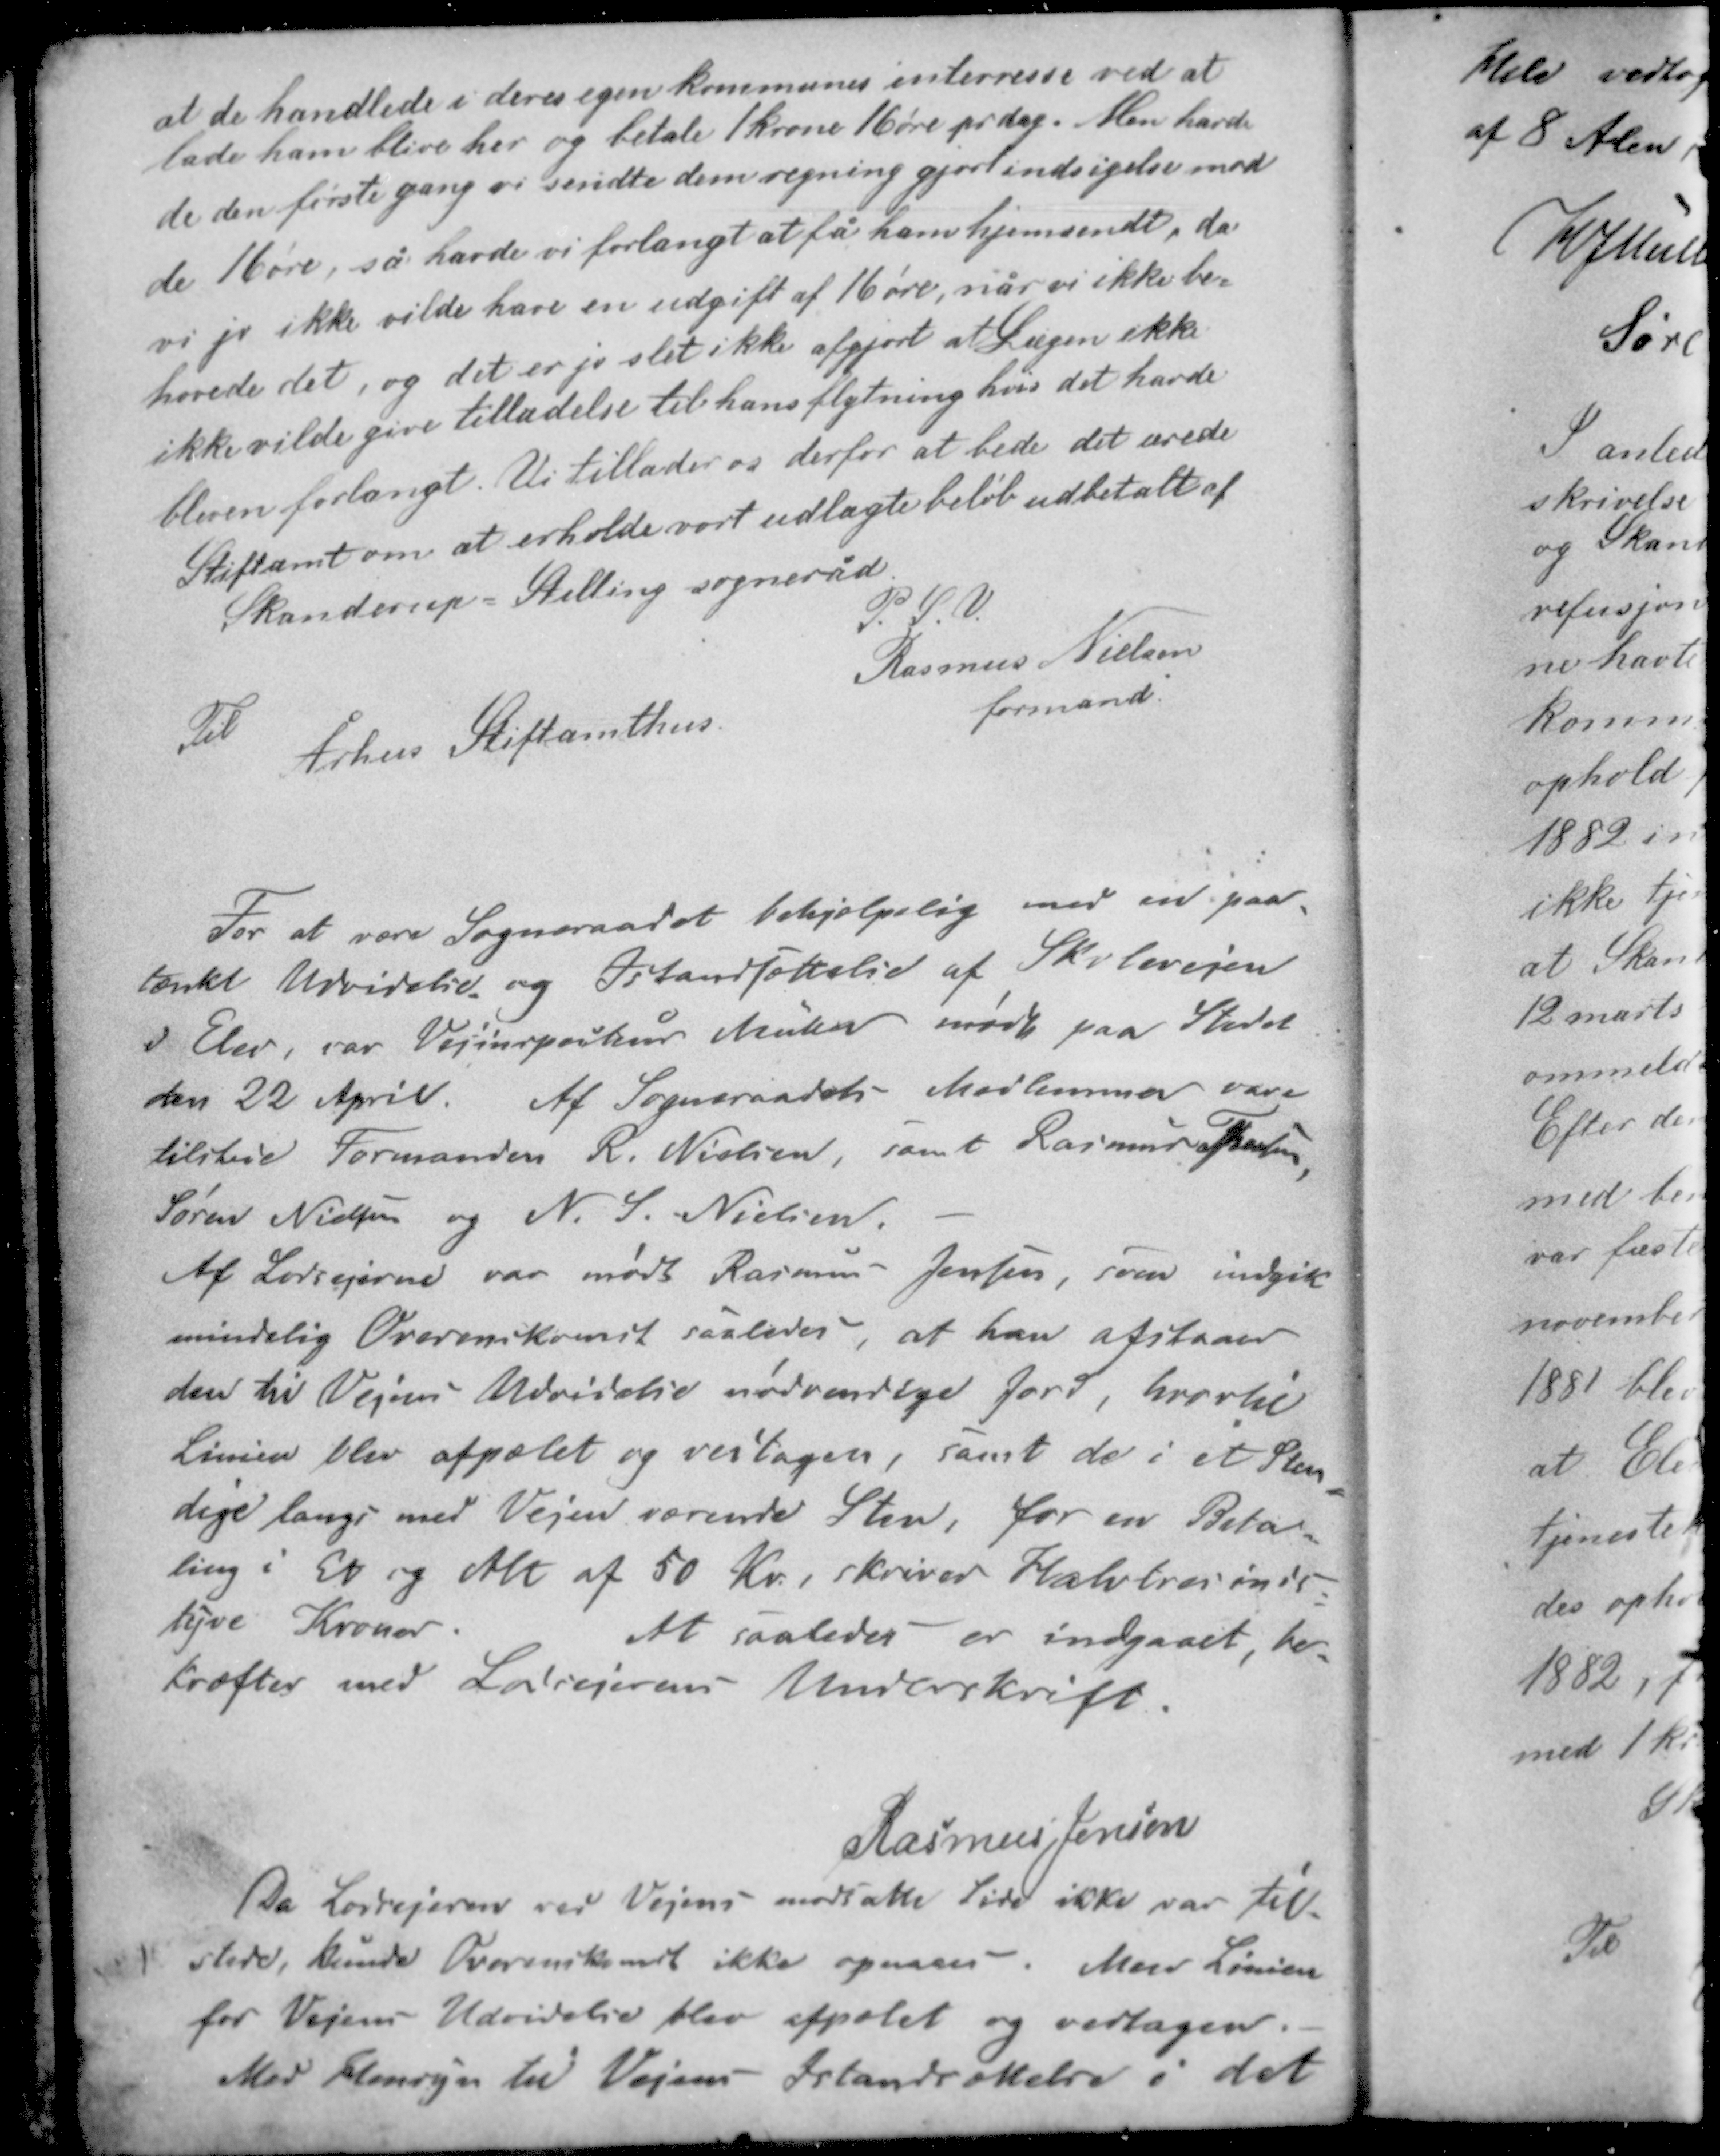
Transskription:
at de handlede i deres egen kommunes interesse ved at
lade ham blive her og betale 1 krone 16 øre pr dag. Men havde
de den første gang vi sendte dem regning gjort indsigelse mod
de 16 øre, så havde vi forlangt at få ham hjemsendt, da
vi jo ikke vilde have en udgift af 16 øre, når vi ikke be-
høvede det, og det er jo slet ikke afgjort at Lægen ikke
ikke vilde give tilladelse til hans flytning hvis det havde
bleven forlangt. Vi tillader os derfor at bede det ærede
Stiftamt om at erholde vort udlagte beløb udbetalt af

Skanderup - Stilling sogneråd

P. S. V.
Rasmus Nielsen
formand

Til
Århus Stiftamthus

For at være Sogneraadet behjælpelig med en paa-
tænkt Udvidelse og Istandsættelse af Skolevejen
i Elev, var Vejinspektør Müller med paa Mødet
den 22 April. Af Sogneraadets Medlemmer vare
tilstede Formanden R. Nielsen, samt Rasmus Th Olesen,
Søren Nielsen og N. S. Nielsen.

Af Lodsejerne var mødt Rasmus Jensen, som indgik
mindelig Overenskomst saaledes, at han afstaaer
den til Vejens Udvidelse nødvendige Jord, hvortil
Linien blev afpælet og verstagen, samt de i et Sten-
dige langs med Vejen værende Sten. For en beta-
ling i Et og Alt af 50 Kr. skriver Halvtresins-
tyve Kroner. At saaledes er indgaaet, be-
kræfter med Lodsejerens Underskrift.

Rasmus Jensen

Da Lodsejerne ved Vejens modsatte Side ikke var til
stede, kunde Overenskomst ikke opnaas -. Men Linien
for Vejens Udvidelse blev afpælet og vedtagen.
Med Fl til Vejens Istandsættelse i det